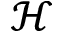
\mathcal { H }